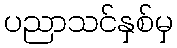
ပညာသင်နှစ်မှ